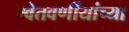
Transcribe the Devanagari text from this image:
श्वेतवर्णीयांच्या